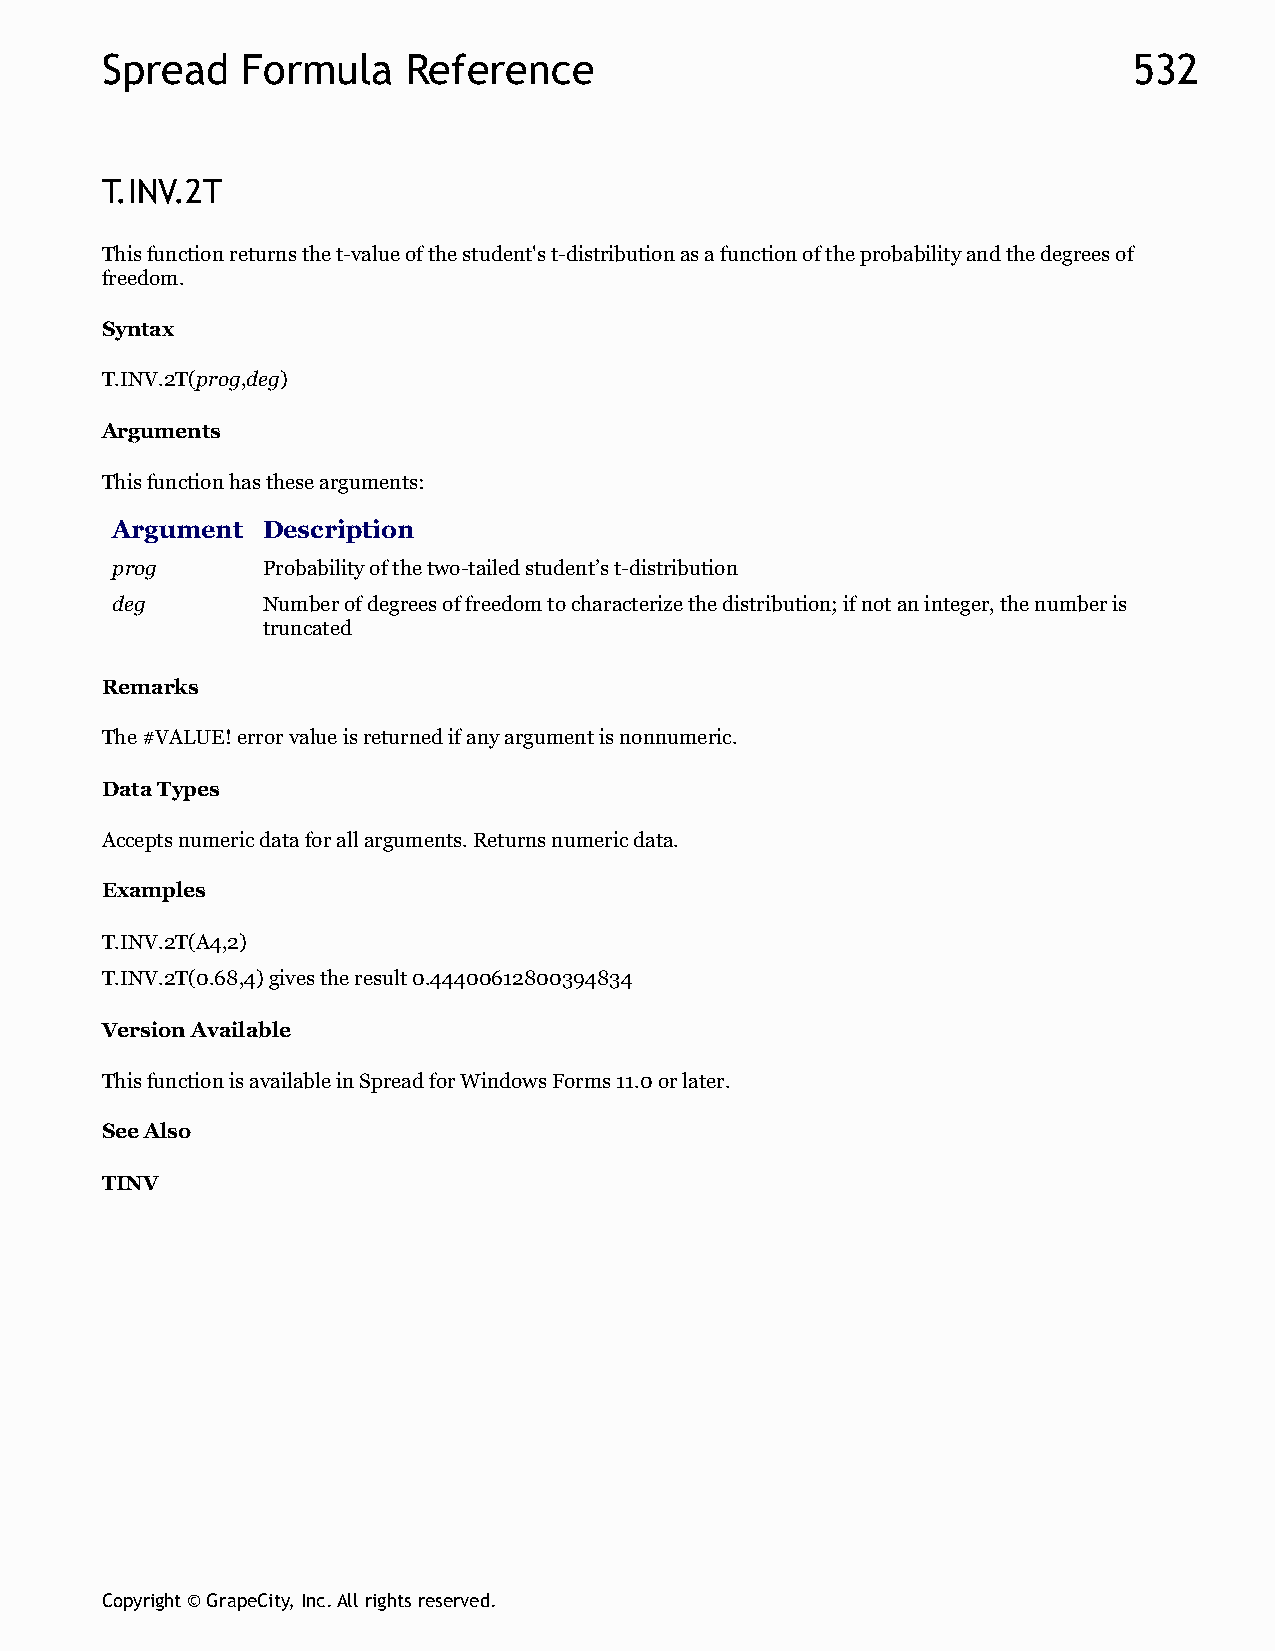
Spread   Formula    Reference                                       532
 T.INV.2T
 This function returns the t-value of the student's t-distribution as a function of the probability and the degrees of
 freedom.
 Syntax
 T.INV.2T(prog,deg)
 Arguments
 This function has these arguments:
 Argument  Description
 prog      Probability of the two-tailed student’s t-distribution
 deg       Number of degrees of freedom to characterize the distribution; if not an integer, the number is
 truncated
 Remarks
 The #VALUE! error value is returned if any argument is nonnumeric.
 Data Types
 Accepts numeric data for all arguments. Returns numeric data.
 Examples
 T.INV.2T(A4,2)
 T.INV.2T(0.68,4) gives the result 0.44400612800394834
 Version Available
 This function is available in Spread for Windows Forms 11.0 or later.
 See Also
 TINV
 Copyright © GrapeCity, Inc. All rights reserved.